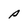
Character: P